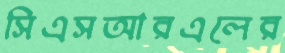
সিএসআরএলের